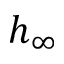
h _ { \infty }